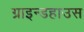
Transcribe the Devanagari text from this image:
ग्राइन्डहाउस